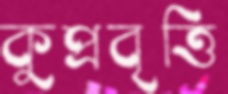
কুপ্রবৃত্তি